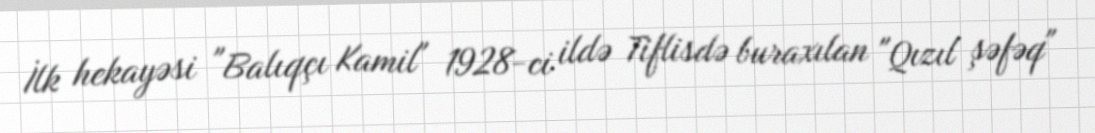
İlk hekayəsi "Balıqçı Kamil" 1928-ci ildə Tiflisdə buraxılan "Qızıl şəfəq"